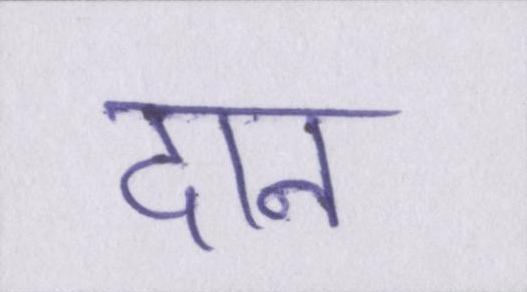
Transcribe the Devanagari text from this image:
दान